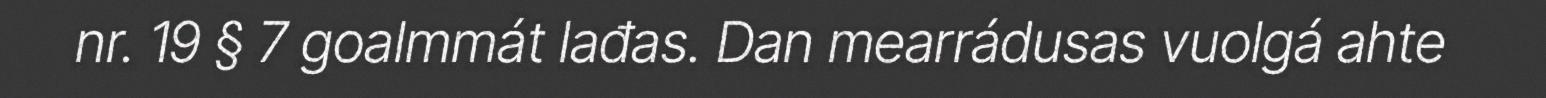
nr. 19 § 7 goalmmát lađas. Dan mearrádusas vuolgá ahte